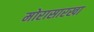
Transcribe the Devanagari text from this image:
मोरासारखा